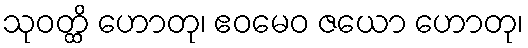
သုဝတ္ထိ ဟောတု၊ ဧဝမေဝ ဇယော ဟောတု၊